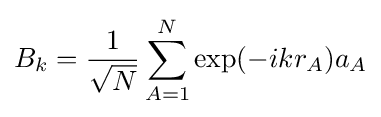
B_{k}={1 \over {\sqrt {N}}}\sum \limits _{A=1}^{N}\exp(-ikr_{A})a_{A}